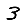
Digit: 3